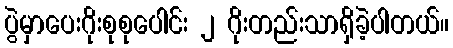
ပွဲမှာပေးဂိုးစုစုပေါင်း ၂ ဂိုးတည်းသာရှိခဲ့ပါတယ်။